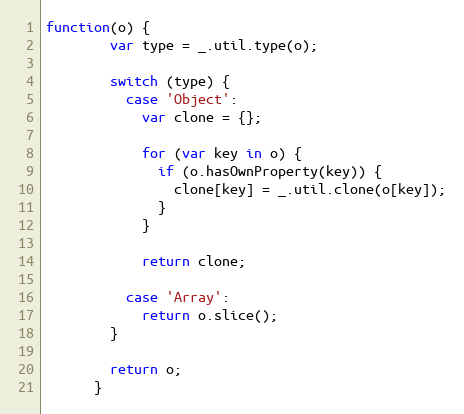
Language: JavaScript
function(o) {
        var type = _.util.type(o);

        switch (type) {
          case 'Object':
            var clone = {};

            for (var key in o) {
              if (o.hasOwnProperty(key)) {
                clone[key] = _.util.clone(o[key]);
              }
            }

            return clone;

          case 'Array':
            return o.slice();
        }

        return o;
      }